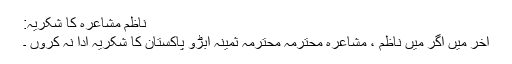
ناظم مشاعرہ کا شکریہ:
آخر میں اگر میں ناظم ، مشاعرہ محترمہ محترمہ ثمینہ ابڑو پاکستان کا شکریہ ادا نہ کروں ۔